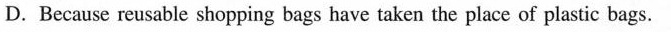
D. Because reusable shopping bags have taken the place of plastic bags.